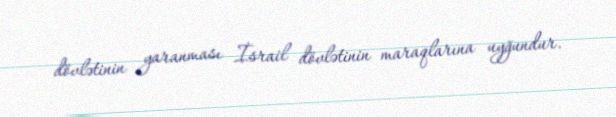
dövlətinin yaranması İsrail dövlətinin maraqlarına uyğundur.